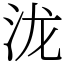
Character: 泷